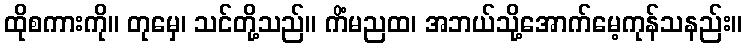
ထိုစကားကို။ တုမှေ၊ သင်တို့သည်။ ကိံမညထ၊ အဘယ်သို့အောက်မေ့ကုန်သနည်း။